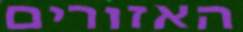
האזורים